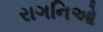
રાગનિઓ